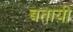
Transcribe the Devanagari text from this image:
बताय़ी